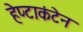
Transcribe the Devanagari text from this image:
हेप्टाकंटेन